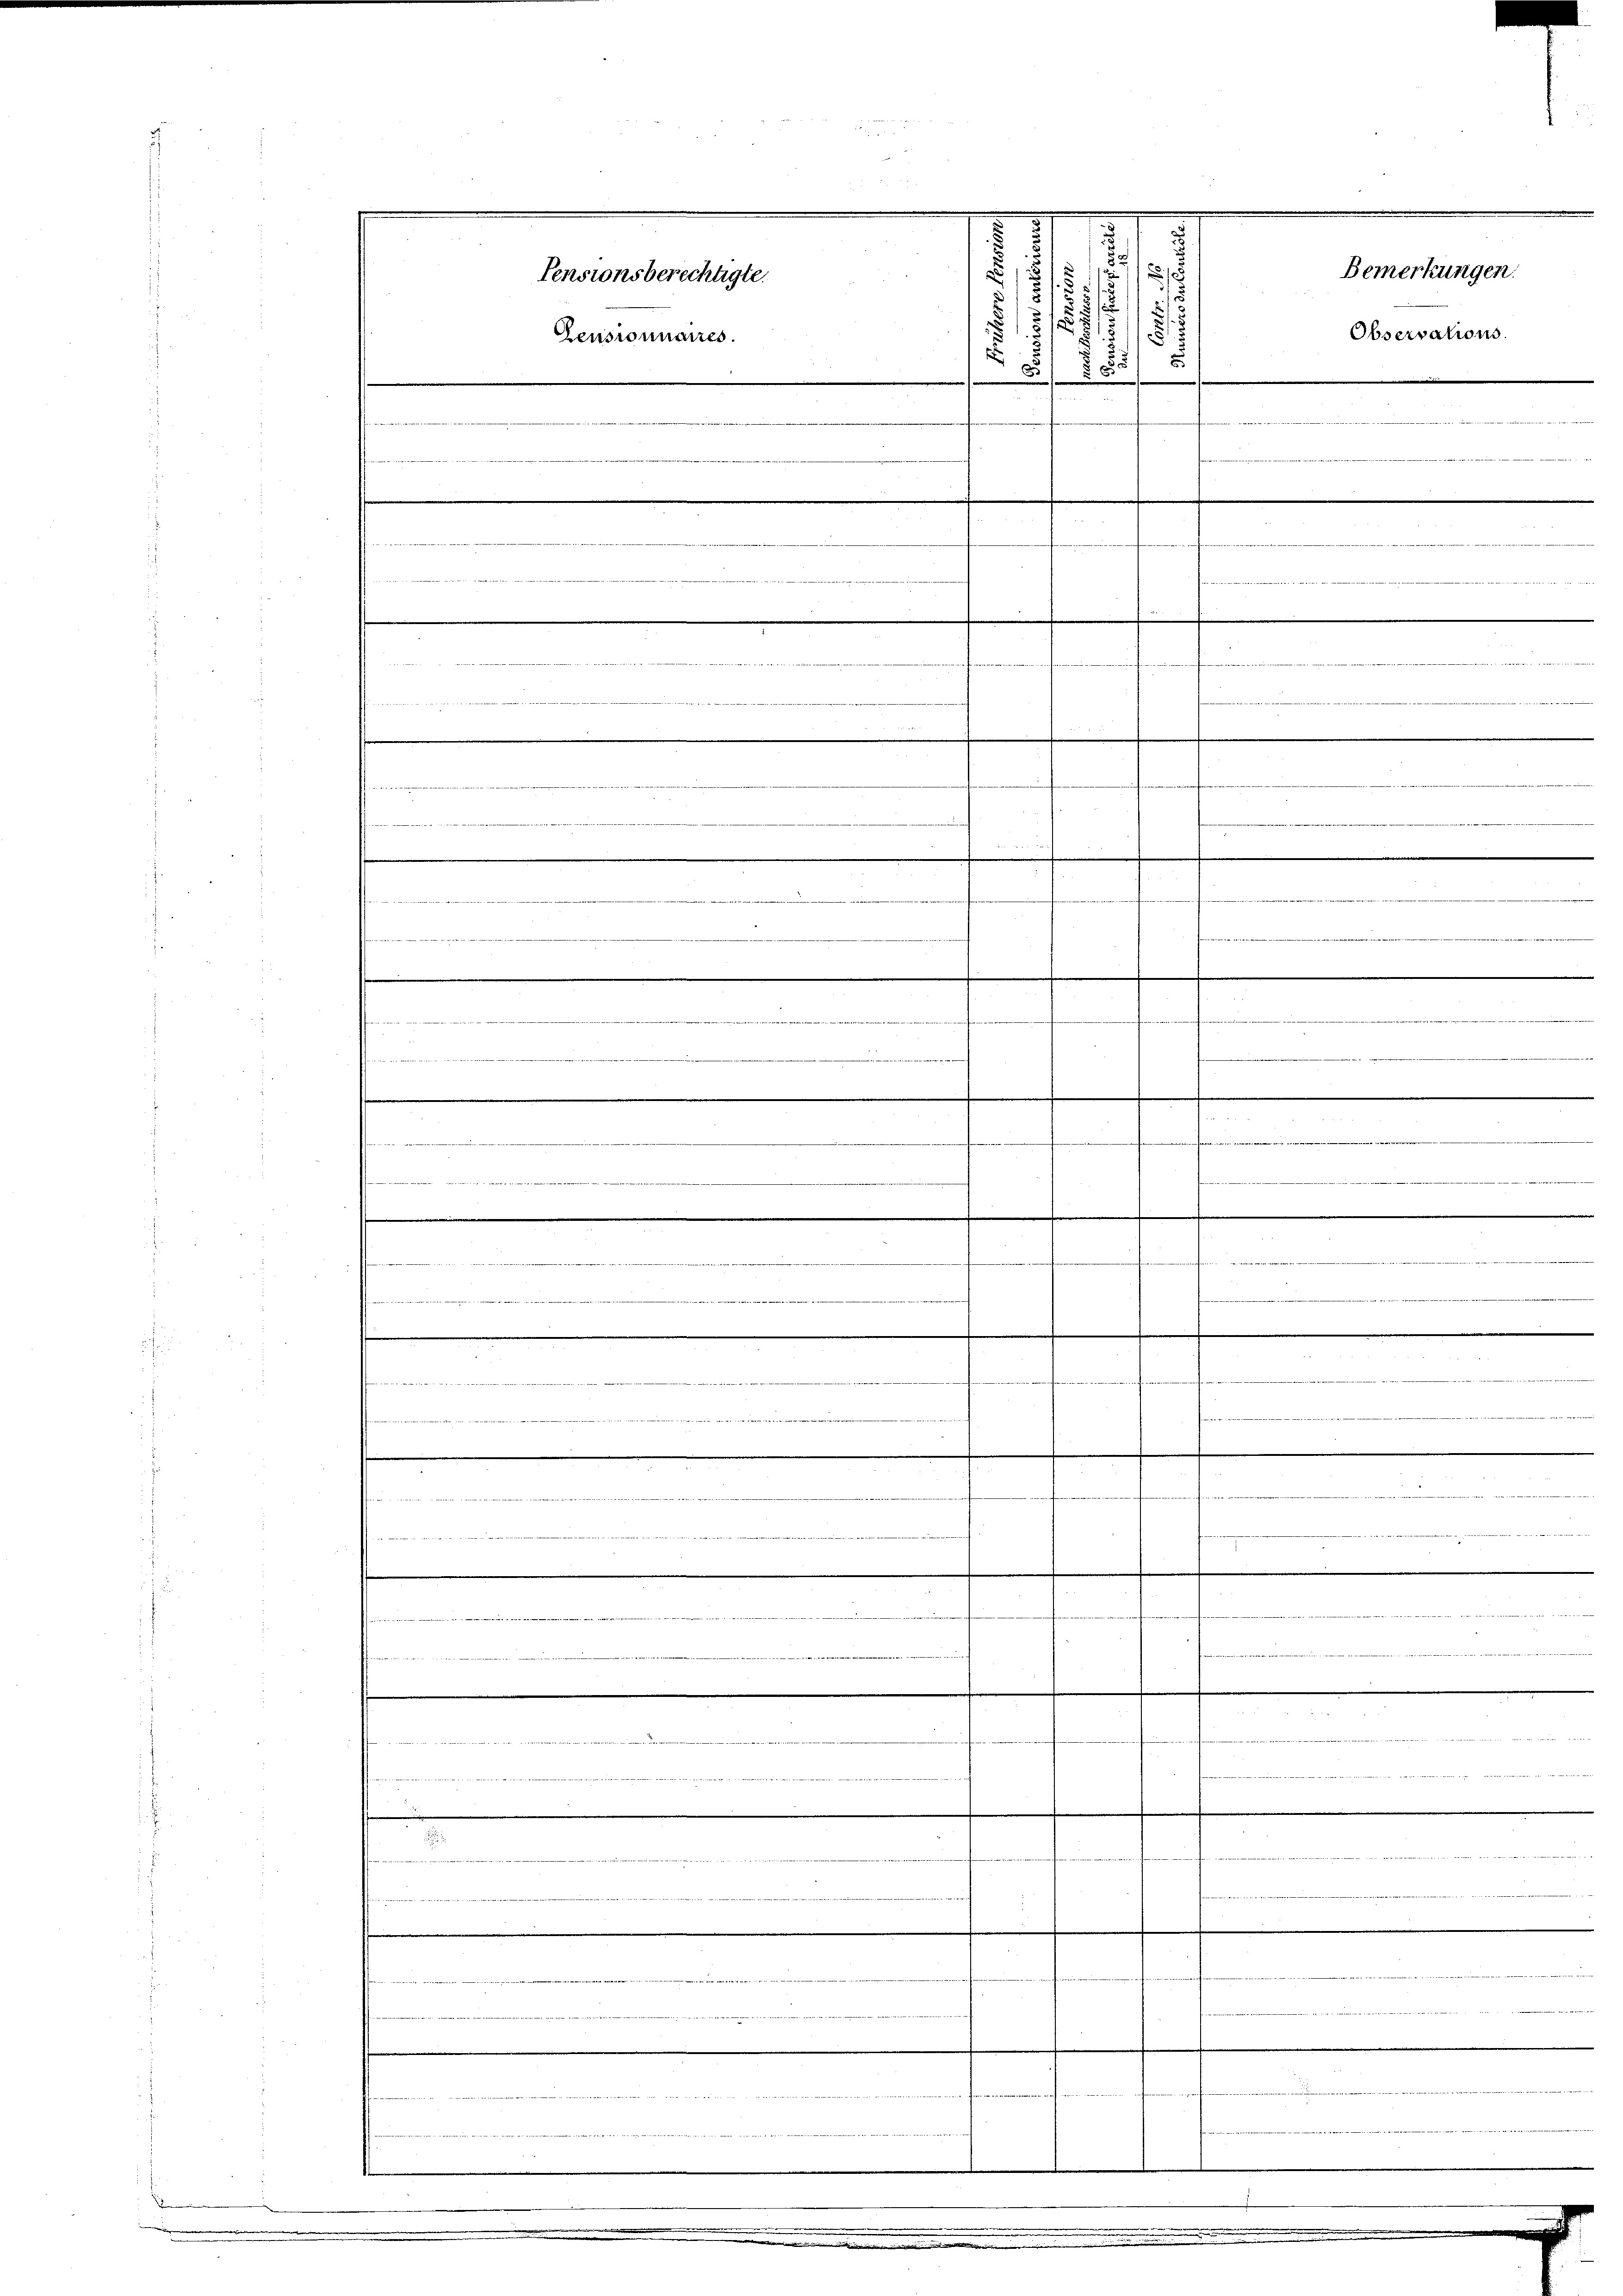
Pensionsberechtigte.
Zensionnaires
e

wetter mit der stehen Sachen der den let

Diement de les und der den
.
4
.
.
e
—
wie e
sinnun
.
etierente
.
.

n

.
ute der die er den die |
.
.
eien in eine
fen
a
.
.
.
m
17

 di der zu erin einiger
22 als eine Geltunter Handelsstattet werden werden
—
4
.
.
e

.

.............

e elten Rechten die Be

e

.
d.
.
i
.
x
s
.
.
.
515
5

.
.
5

s

h

Bemerkungen.
Observations.

.